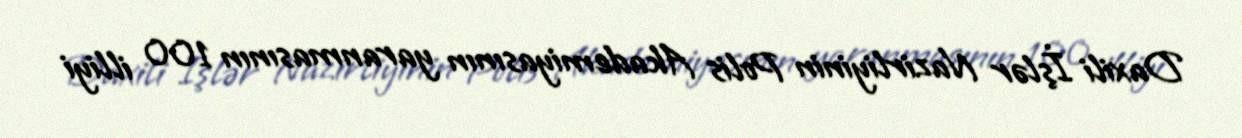
Daxili İşlər Nazirliyinin Polis Akademiyasının yaranmasının 100 illiyi